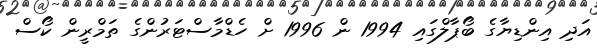
އަދި އިންޑިޔާގެ ބޯޕާލްގައި 1994 ން 1996 ށް ހެޑްމާސްޓަރުންގެ ތަމްރީން ކޯސް